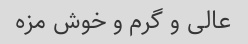
عالی و گرم و خوش مزه